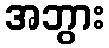
အဘွား